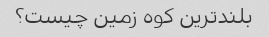
بلندترین کوه زمین چیست؟